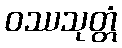
ဝဿသုတ္တံ